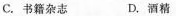
C.书籍杂志 D.酒精